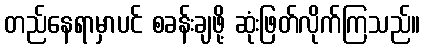
တည်နေရာမှာပင် စခန်းချဖို့ ဆုံးဖြတ်လိုက်ကြသည်။